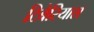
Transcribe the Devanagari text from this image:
टिबेरियास